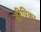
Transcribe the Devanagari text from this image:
द्वीपिका